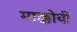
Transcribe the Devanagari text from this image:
माक्कोयी